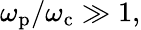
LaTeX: \omega_{\mathrm{p}}/\omega_{\mathrm{c}}\gg 1,